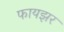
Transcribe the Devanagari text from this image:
फायझर